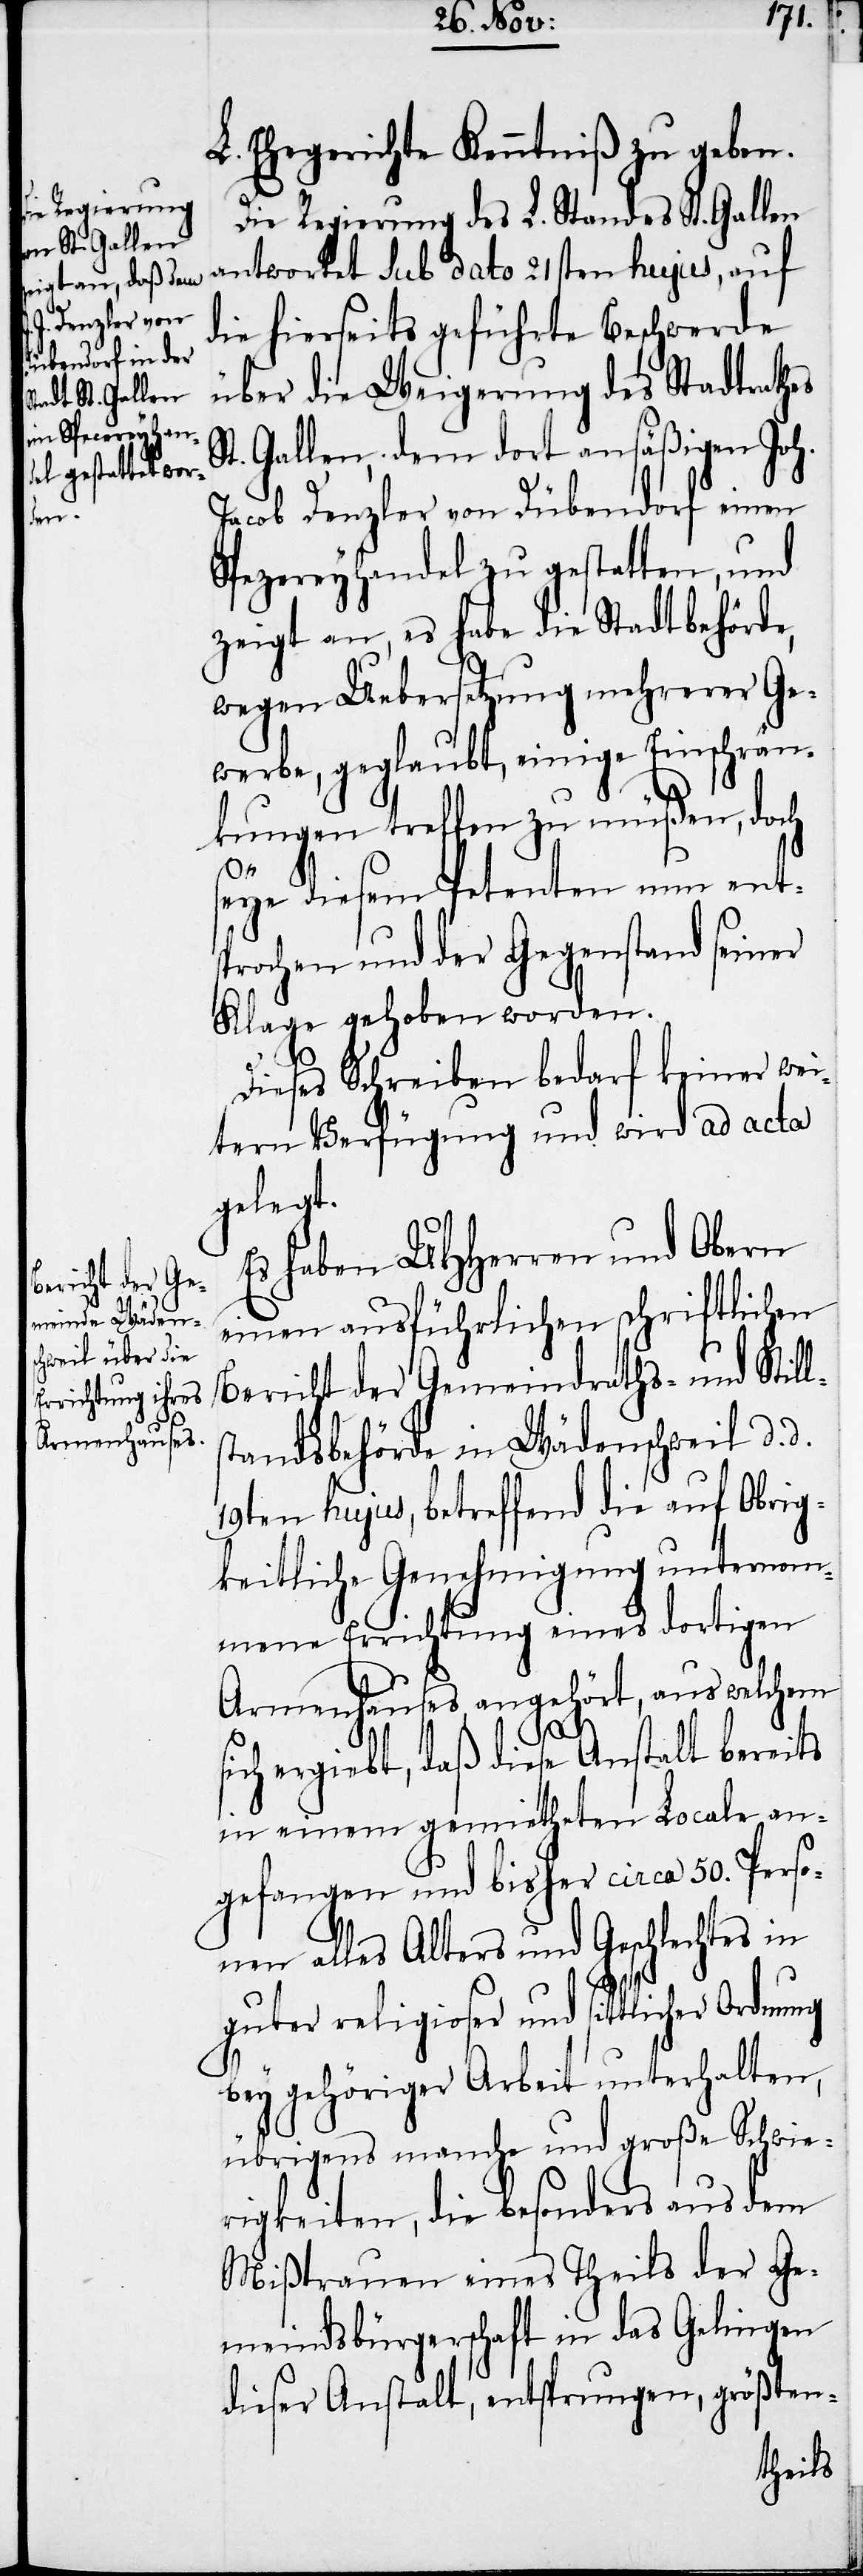
L. Ehegerichte Kenntniß zu geben.
Die Regierung des L. Standes St. Gallen
antwortet sub dato 21sten hujus, auf
die hierseits geführte Beschwerde
über die Weigerung des Stadtrathes
Gallen, dem dort ansäßigen Joh.
Jacob Denzler von Dübendorf einen
Spezereyhandel zu gestatten, und
zeigt an, es habe die Stadtbehörde,
wegen Uebersetzung mehrerer Ge¬
werbe, geglaubt, einige Einschrän¬
kungen treffen zu müßen, doch
seye diesem Petenten nun ents¬
prochen und der Gegenstand seiner
Klage gehoben worden.
Dieses Schreiben bedarf keiner wei¬
tern Verfügung und wird ad acta
gelegt.
Es haben UHHerren und Obern
einen ausführlichen schriftlichen
Bericht der Gemeindraths- und Still¬
standesbehörde in Wädenschweil d. d.
19ten hujus, betreffend die auf Obrig¬
keitliche Genehmigung unternom¬
mene Errichtung eines dortigen
Armenhauses, angehört, aus welchem
sich ergiebt, daß diese Anstalt bereits
in einem gemietheten Locale an¬
gefangen und bisher circa 50. Perso¬
nen alles Alters und Geschlechtes in
guter religioser und sittlicher
bey gehöriger Arbeit unterhalten,
übrigens manche und große Schwie¬
rigkeiten, die besonders aus dem
Mißtrauen eines Theils der Ge¬
meindsbürgerschaft in das Gelingen
dieser Anstalt, entsprungen, größten-